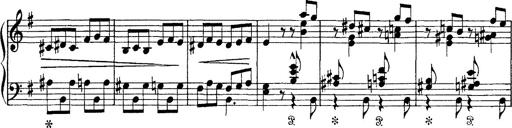
Title: Tarantelle di bravura dâ€™aprÃ¨s la tarantelle de La muette de Portici
Composer: Franz Liszt